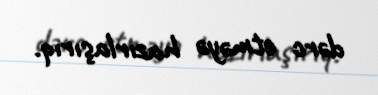
dərc etməyə hazırlaşırıq.